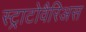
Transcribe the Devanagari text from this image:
स्ट्राटोवैरिअस